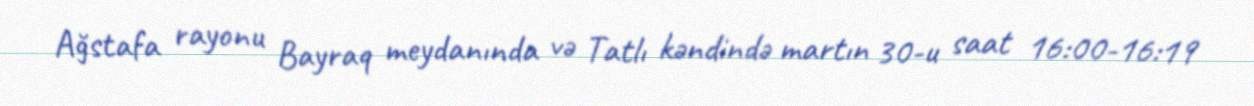
Ağstafa rayonu Bayraq meydanında və Tatlı kəndində martın 30-u saat 16:00-16:19